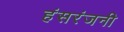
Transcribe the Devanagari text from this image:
हंसरंजनी